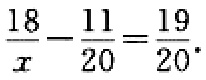
$\frac{18}{x}-\frac{11}{20}=\frac{19}{20}$